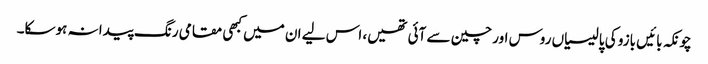
چونکہ بائیں بازو کی پالیسیاں روس اور چین سے آئی تھیں، اس لیے ان میں کبھی مقامی رنگ پیدا نہ ہوسکا۔